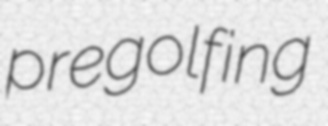
pregolfing